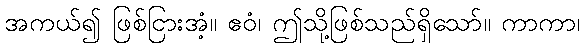
အကယ်၍ ဖြစ်ငြားအံ့။ ဧဝံ၊ ဤသို့ဖြစ်သည်ရှိသော်။ ကာကာ၊